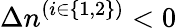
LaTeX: \Delta n^{(i\in\{ 1,2\} )}<0